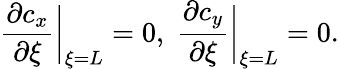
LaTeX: \frac{\partial c_{x}}{\partial\xi}\bigg|_{\xi=L}=0,\; \frac{\partial c_{y}}{\partial\xi}\bigg|_{\xi=L}=0.